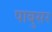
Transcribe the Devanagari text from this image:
पाबुसर